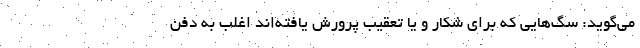
می‌گوید: سگ‌هایی که برای شکار و یا تعقیب پرورش یافته‌اند اغلب به دفن